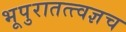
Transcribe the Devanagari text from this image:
भूपुरातत्त्वज्ञच